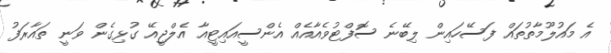
އެ މައުލޫމާތުތައް ފަސޭހައިން ލިބޭނެ ސޮފްޓުވެއާއެއް އެންސީއައިޓީއާ އެލްޖީއޭ ގުޅިގެން ވަނީ ތައާރަފު